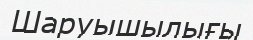
Шаруышылығы